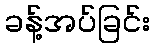
ခန့်အပ်ခြင်း